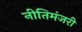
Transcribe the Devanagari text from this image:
नीतिमंजरी